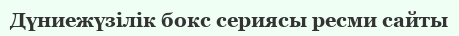
Дүниежүзілік бокс сериясы ресми сайты